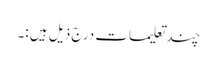
چند تعلیمات درج ذیل ہیں :۔